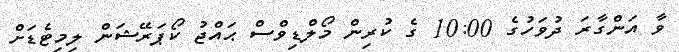
ވާ އަންގާރަ ދުވަހުގެ 10:00 ގެ ކުރިން މޯލްޑިވްސް ޙައްޖު ކޯޕަރޭޝަން ލިމިޓެޑަށް